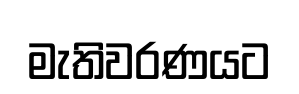
මැතිවරණයට